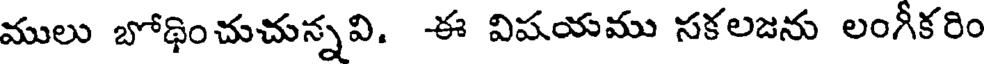
ములు బోథించుచున్నవి. ఈ విషయము సకలజను లంగీకరిం